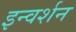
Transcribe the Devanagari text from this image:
इन्वर्शन